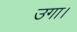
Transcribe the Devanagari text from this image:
उगा।